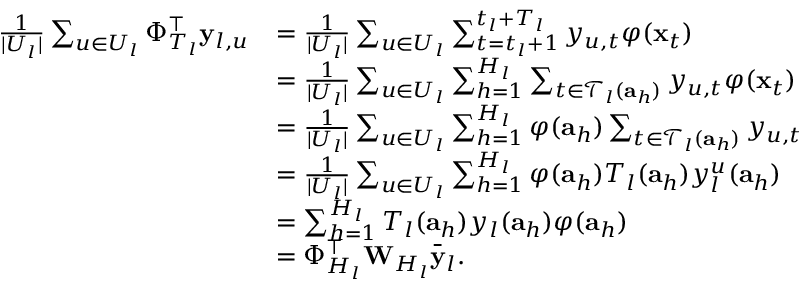
\begin{array} { r l } { \frac { 1 } { | U _ { l } | } \sum _ { u \in U _ { l } } \Phi _ { T _ { l } } ^ { \top } \mathbf { y } _ { l , u } } & { = \frac { 1 } { | U _ { l } | } \sum _ { u \in U _ { l } } \sum _ { t = t _ { l } + 1 } ^ { t _ { l } + T _ { l } } y _ { u , t } \varphi ( \mathbf { x } _ { t } ) } \\ & { = \frac { 1 } { | U _ { l } | } \sum _ { u \in U _ { l } } \sum _ { h = 1 } ^ { H _ { l } } \sum _ { t \in \mathcal { T } _ { l } ( \mathbf { a } _ { h } ) } y _ { u , t } \varphi ( \mathbf { x } _ { t } ) } \\ & { = \frac { 1 } { | U _ { l } | } \sum _ { u \in U _ { l } } \sum _ { h = 1 } ^ { H _ { l } } \varphi ( \mathbf { a } _ { h } ) \sum _ { t \in \mathcal { T } _ { l } ( \mathbf { a } _ { h } ) } y _ { u , t } } \\ & { = \frac { 1 } { | U _ { l } | } \sum _ { u \in U _ { l } } \sum _ { h = 1 } ^ { H _ { l } } \varphi ( \mathbf { a } _ { h } ) T _ { l } ( \mathbf { a } _ { h } ) y _ { l } ^ { u } ( \mathbf { a } _ { h } ) } \\ & { = \sum _ { h = 1 } ^ { H _ { l } } T _ { l } ( \mathbf { a } _ { h } ) y _ { l } ( \mathbf { a } _ { h } ) \varphi ( \mathbf { a } _ { h } ) } \\ & { = \Phi _ { H _ { l } } ^ { \top } \mathbf { W } _ { H _ { l } } \bar { \mathbf { y } } _ { l } . } \end{array}